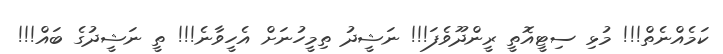
ކަމެއްނެތް!!! މުޅި ސިޓީއޮތީ ރީންދޫވެފަ!!! ނަޝީދު ތިމީހުނަށް އެހީވާނެ!!! ތީ ނަޝީދުގެ ބައް!!!